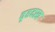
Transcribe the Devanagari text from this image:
वृहदस्व